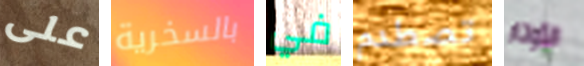
على بالسخرية في تصطدم الأوتار